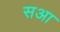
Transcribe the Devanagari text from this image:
सआ